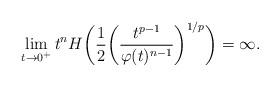
LaTeX: \begin{align*}\lim_{t \to 0^+} t^nH\biggl(\frac12 \biggl(\frac{t^{p-1}}{ \varphi (t)^{n-1}}\biggr)^{1/p}\biggr) = \infty.\end{align*}